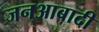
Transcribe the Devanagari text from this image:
जनआबादी